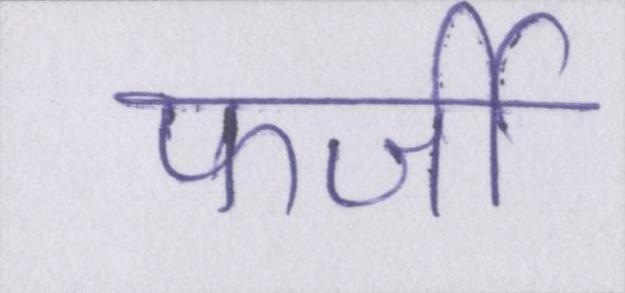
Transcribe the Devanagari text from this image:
फर्जी